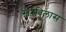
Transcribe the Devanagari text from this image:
स्वरविलास